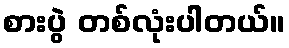
စားပွဲ တစ်လုံးပါတယ်။